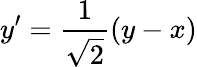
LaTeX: y^{\prime}=\frac{1}{\sqrt{2}}(y-x)